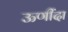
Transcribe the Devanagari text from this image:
ऊणींदा